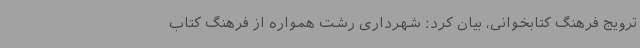
ترویج فرهنگ کتابخوانی، بیان کرد: شهرداری رشت همواره از فرهنگ کتاب